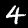
Label: 4